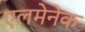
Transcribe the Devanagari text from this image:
एलमेनेक